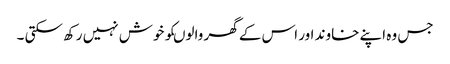
جس وہ اپنے خاوند اور اس کے گھر والوںکو خوش نہیں رکھ سکتی ۔